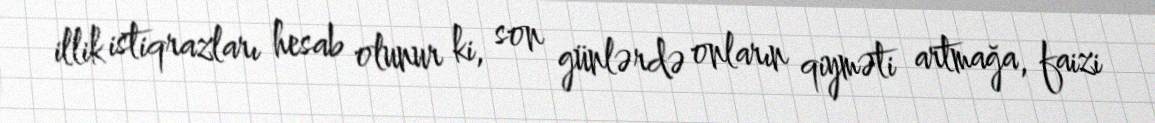
illik istiqrazları hesab olunur ki, son günlərdə onların qiyməti artmağa, faizi